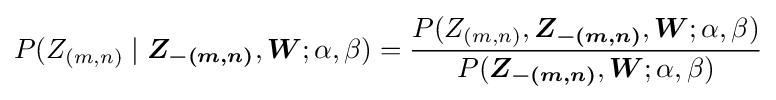
P(Z_{(m,n)}\mid {\boldsymbol {Z_{-(m,n)}}},{\boldsymbol {W}};\alpha ,\beta )={\frac {P(Z_{(m,n)},{\boldsymbol {Z_{-(m,n)}}},{\boldsymbol {W}};\alpha ,\beta )}{P({\boldsymbol {Z_{-(m,n)}}},{\boldsymbol {W}};\alpha ,\beta )}}